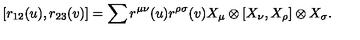
[ r _ { 1 2 } ( u ) , r _ { 2 3 } ( v ) ] = \sum r ^ { \mu \nu } ( u ) r ^ { \rho \sigma } ( v ) X _ { \mu } \otimes [ X _ { \nu } , X _ { \rho } ] \otimes X _ { \sigma } .